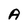
Character: A